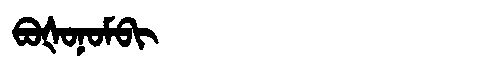
Manchu: ᠪᠣᡧᠣᠨᠣᠮᠪᡳ
Romanization: BOŠONOMBI